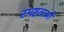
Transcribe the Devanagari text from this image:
स्पष्टताओं